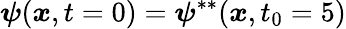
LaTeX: \boldsymbol{\psi}(\boldsymbol{x},t=0)=\boldsymbol{\psi}^{**}(\boldsymbol{x},t_{0}=5)